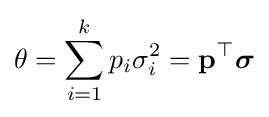
\theta =\sum _{i=1}^{k}p_{i}\sigma _{i}^{2}=\mathbf {p} ^{\top }{\boldsymbol {\sigma }}